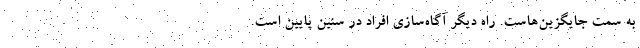
به سمت جایگزین‌هاست. راه دیگر آگاه‌سازی افراد در سنین پایین است.